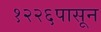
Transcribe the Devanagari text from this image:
१२२६पासून